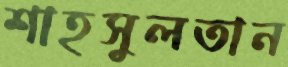
শাহসুলতান